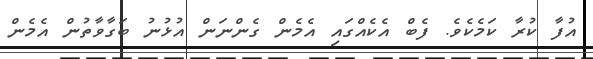
އުފާ ކުރާ ކަމެކެވެ. ފެބް އެކެއްގައި އެމެން ގެންނަން އުޅުނު ބަގާވާތުން އެމެން